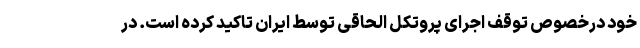
خود درخصوص توقف اجرای پروتکل الحاقی توسط ایران تاکید کرده است. در